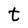
Character: t